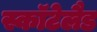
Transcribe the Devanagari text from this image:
स्कॉटेलैड